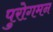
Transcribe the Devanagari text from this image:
पुरोगमन